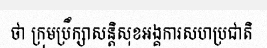
ថា ក្រុមប្រឹក្សាសន្តិសុខអង្គការសហប្រជាតិ